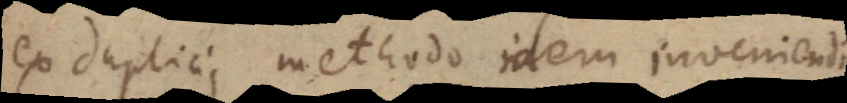
ex duplici methodo idem inveniendi